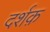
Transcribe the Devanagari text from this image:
दर्शक़